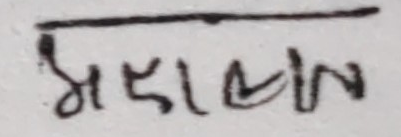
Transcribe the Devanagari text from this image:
मराल